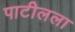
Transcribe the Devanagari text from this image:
पाटीलला